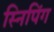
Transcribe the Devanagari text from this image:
स्निपिंग